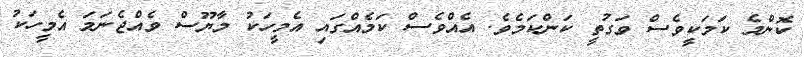
ކޮންމެ ކަމަކީވެސް ވަގުތީ ކަންކަމެވެ. އެއްވެސް ކަމެއްގައި އެމީހަކު މާޔޫސް ވެއްޖެނަމަ އެމީހަކު